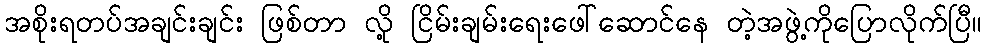
အစိုးရတပ်အချင်းချင်း ဖြစ်တာ လို့ ငြိမ်းချမ်းရေးဖေါ်ဆောင်နေ တဲ့အဖွဲ့ကိုပြောလိုက်ပြီ။